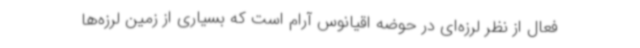
فعال از نظر لرزه‌ای در حوضه اقیانوس آرام است که بسیاری از زمین لرزه‌ها